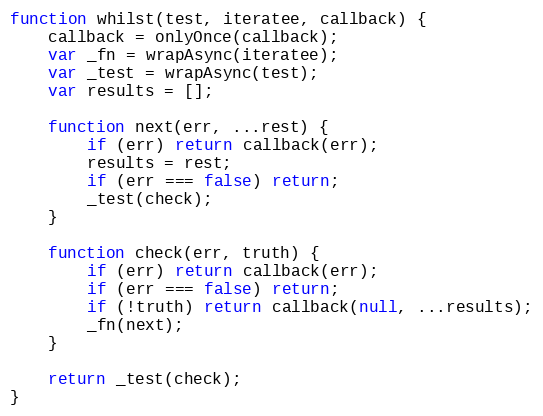
Language: JavaScript
function whilst(test, iteratee, callback) {
    callback = onlyOnce(callback);
    var _fn = wrapAsync(iteratee);
    var _test = wrapAsync(test);
    var results = [];

    function next(err, ...rest) {
        if (err) return callback(err);
        results = rest;
        if (err === false) return;
        _test(check);
    }

    function check(err, truth) {
        if (err) return callback(err);
        if (err === false) return;
        if (!truth) return callback(null, ...results);
        _fn(next);
    }

    return _test(check);
}